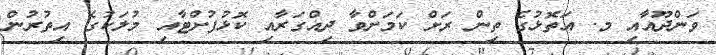
ވަންދޫއާއި މ. އަތޮޅުގެ ތިން ރަށް ކަމަށްވާ ދިއްގަރާއި ކޮޅުފުށްޓާއި މުލަކުގެ އިތުރުން